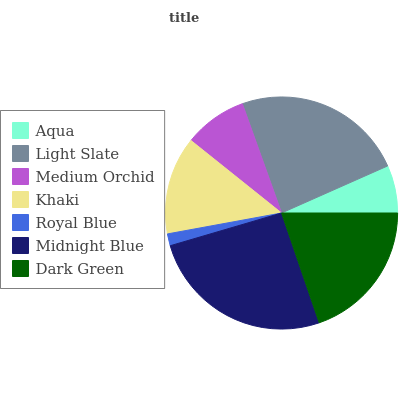
| Aqua | Light Slate | Medium Orchid | Khaki | Royal Blue | Midnight Blue | Dark Green |
 | --- | --- | --- | --- | --- | --- | --- |
 | 6.63% | 23.8% | 8.78% | 13.6% | 1.67% | 25.8% | 19.7% |